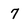
Character: 7